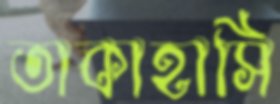
তাকাহাসি